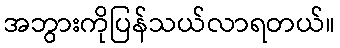
အဘွားကိုပြန်သယ်လာရတယ်။